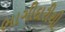
ભાગીદારીથી